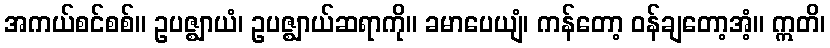
အကယ်စင်စစ်။ ဥပဇ္ဈာယံ၊ ဥပဇ္ဈာယ်ဆရာကို။ ခမာပေယျံ၊ ကန်တော့ ဝန်ချတော့အံ့။ ဣတိ၊